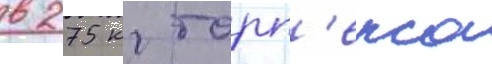
в 275 кг торп'екса